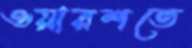
ওয়ারশতে